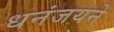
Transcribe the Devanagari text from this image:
धनंजयने